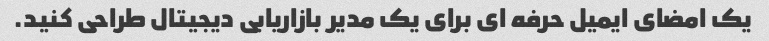
یک امضای ایمیل حرفه ای برای یک مدیر بازاریابی دیجیتال طراحی کنید.